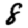
Digit: 8